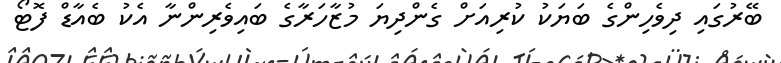
ބޭރުގައި ދިވެހިންގެ ބަޔަކު ކުރިއަށް ގެންދިޔަ މުޒާހަރާގެ ބައިވެރިންނާ އެކު ބެއާޑް ފޮޓޯ